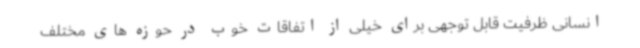
انسانی ظرفیت قابل توجهی برای خیلی از اتفاقات خوب در حوزه های مختلف